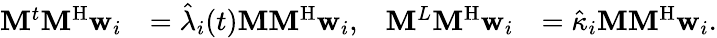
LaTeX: \begin{array}{rlrl}{\mathbf{M}^{t}\mathbf{M}^{\mathrm{H}}\mathbf{w}_{i}}&{=\hat{\lambda}_{i}(t)\mathbf{M}\mathbf{M}^{\mathrm{H}}\mathbf{w}_{i},}&{\mathbf{M}^{L}\mathbf{M}^{\mathrm{H}}\mathbf{w}_{i}}&{=\hat{\kappa}_{i}\mathbf{M}\mathbf{M}^{\mathrm{H}}\mathbf{w}_{i}.}\end{array}